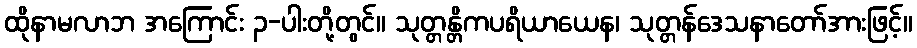
ထိုနာမလာဘ အကြောင်း ၃-ပါးတို့တွင်။ သုတ္တန္တိကပရိယာယေန၊ သုတ္တန်ဒေသနာတော်အားဖြင့်။